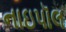
નાઇપૉલ